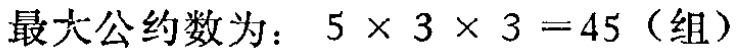
最大公约数为：\(5\times 3\times 3 = 45\)（组）